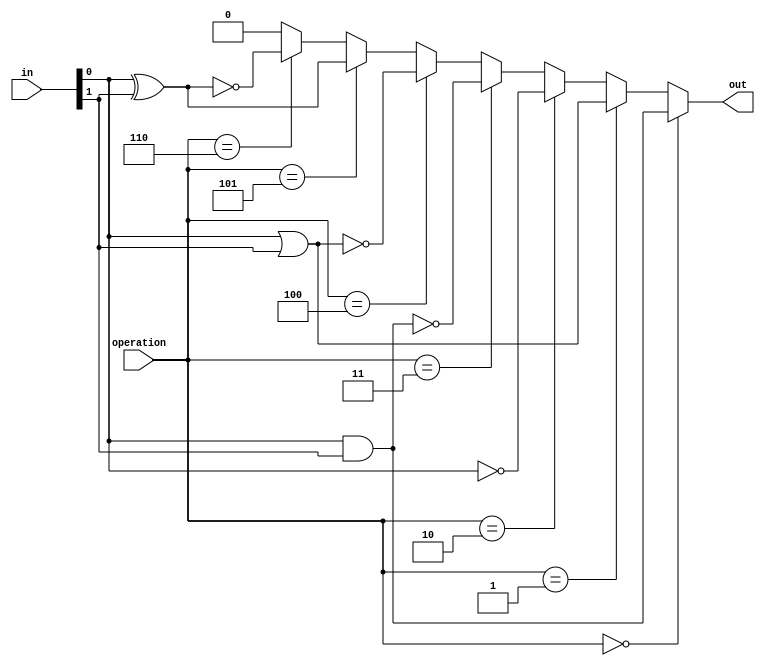
module covered_cell (
    input wire [1:0] in,      // 2-bit input for operations; can be extended if needed
    input wire [2:0] operation, // 3-bit control signal for selecting operation
    output wire out           // Output of the logic operation
);

    // Internal signal for logic operation result
    wire and_out, or_out, not_out, nand_out, nor_out, xor_out, xnor_out;

    // Logic Operations
    assign and_out = in[0] & in[1];     // AND Operation
    assign or_out  = in[0] | in[1];     // OR Operation
    assign not_out = ~in[0];             // NOT Operation (only for in[0], can extend)
    assign nand_out = ~(in[0] & in[1]);  // NAND Operation
    assign nor_out  = ~(in[0] | in[1]);  // NOR Operation
    assign xor_out  = in[0] ^ in[1];     // XOR Operation
    assign xnor_out = ~(in[0] ^ in[1]);   // XNOR Operation

    // Output Multiplexer based on operation select
    assign out = (operation == 3'b000) ? and_out :
                 (operation == 3'b001) ? or_out :
                 (operation == 3'b010) ? not_out :
                 (operation == 3'b011) ? nand_out :
                 (operation == 3'b100) ? nor_out :
                 (operation == 3'b101) ? xor_out : 
                 (operation == 3'b110) ? xnor_out : 1'b0; // Default case

endmodule